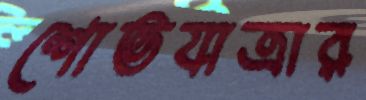
শোভযাত্রার